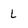
Character: L